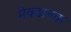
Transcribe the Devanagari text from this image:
मेक्डानक